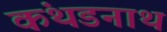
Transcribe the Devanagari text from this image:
कंथडनाथ